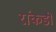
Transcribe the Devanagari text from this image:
रांकडी